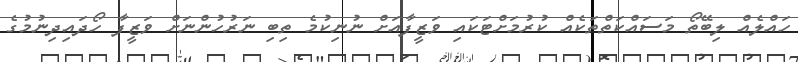
ހައްލެއް ލިބޭތޯ މަސައްކަތްތަކެއް ކުރުމަށްޓަކައި ވަޒީފާއަށް ނުނިކުމެ ތިބި ނަރުހުންނަށް ވަޒީފާ ހޯދައިދިނުމުގެ